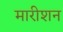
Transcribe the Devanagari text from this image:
मारीशन